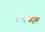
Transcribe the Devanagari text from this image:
रणयज्ञ